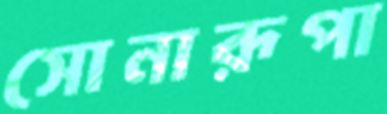
সোনারূপা